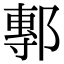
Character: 鄟